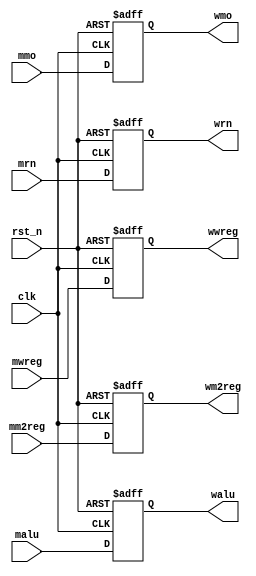
`timescale 1ns / 1ps
//////////////////////////////////////////////////////////////////////////////////
// Company: 
// Engineer: 
// 
// Design Name: 
// Module Name:    reg_MEM_WB 
// Project Name: 
// Target Devices: 
// Tool versions: 
// Description: 
//
// Dependencies: 
//
// Revision: 
// Revision 0.01 - File Created
// Additional Comments: 
//
//////////////////////////////////////////////////////////////////////////////////
module reg_MEM_WB(
	input [31:0]mmo, malu,
	input [4:0]mrn,
	input mwreg, mm2reg,
	input clk, rst_n,
	output reg [31:0]wmo, walu,
	output reg [4:0]wrn,
	output reg wwreg, wm2reg
);

always @ (posedge clk or negedge rst_n)
begin
	if(~rst_n)
	begin
		wwreg <= 0;
		wm2reg <= 0;
		wmo <= 0;
		walu <= 0;
		wrn <= 0;
	end
	else
	begin
		wwreg <= mwreg;
		wm2reg <= mm2reg;
		wmo <= mmo;
		walu <= malu;
		wrn <= mrn;
	end
end

endmodule